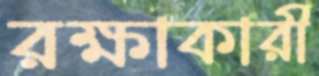
রক্ষাকারী